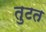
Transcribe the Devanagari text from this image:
तुटत